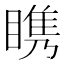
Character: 𪾷